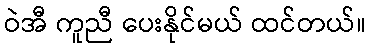
ဝဲအီ ကူညီ ပေးနိုင်မယ် ထင်တယ်။